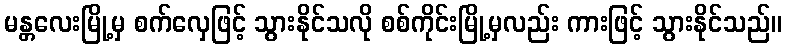
မန္တလေးမြို့မှ စက်လှေဖြင့် သွားနိုင်သလို စစ်ကိုင်းမြို့မှလည်း ကားဖြင့် သွားနိုင်သည်။